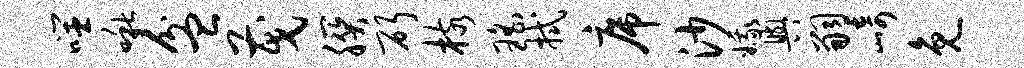
噬啾盆茂朕斫核瑶拭席沙娥舆嗣崎免